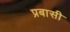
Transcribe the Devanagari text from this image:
प्रबासी